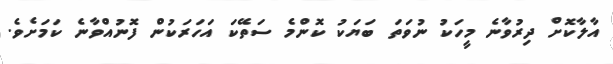
އާލާކޮށް ދިރުވާނެ މީހަކު ނުވަތަ ބަޔަކު ކޮންމެ ސަތޭކަ އަހަރަކުން ފޮނުއްވާނެ ކަމަށެވެ.